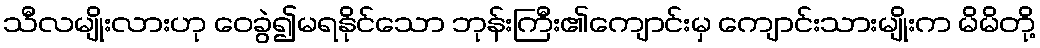
သီလမျိုးလားဟု ဝေခွဲ၍မရနိုင်သော ဘုန်းကြီး၏ကျောင်းမှ ကျောင်းသားမျိုးက မိမိတို့